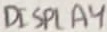
Text: DISPLAY